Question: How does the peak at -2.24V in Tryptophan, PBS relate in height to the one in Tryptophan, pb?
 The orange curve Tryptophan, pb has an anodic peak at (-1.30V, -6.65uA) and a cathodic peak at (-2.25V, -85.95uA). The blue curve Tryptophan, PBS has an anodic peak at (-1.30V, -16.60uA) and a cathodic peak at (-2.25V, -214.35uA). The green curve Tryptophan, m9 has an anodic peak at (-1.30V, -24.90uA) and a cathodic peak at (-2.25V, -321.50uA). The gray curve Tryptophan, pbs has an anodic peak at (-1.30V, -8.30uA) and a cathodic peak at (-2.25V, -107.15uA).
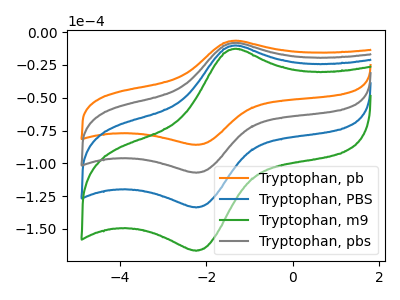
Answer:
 <answer>The peak at -2.24V is higher in "Tryptophan, PBS" than in "Tryptophan, pb".</answer>
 <eval>higher</eval>